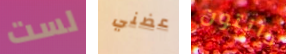
لست عضني دانتون